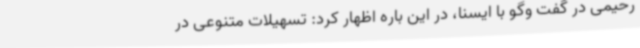
رحیمی در گفت وگو با ایسنا، در این باره اظهار کرد: تسهیلات متنوعی در